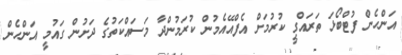
އަންހެން ފުޓްބޯޅަ ތަރައްގީ ކުރުމަށް އެފްއޭއެމުން ކުރަމުންދާ މަސައްކަތުގެ ދަށުން ގައުމީ އަންހެން